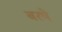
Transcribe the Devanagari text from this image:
बरषे